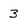
Character: 3